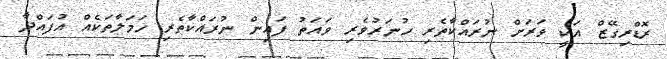
ރޮޑްރިގޭޒް އަކީ ވަރަށް ނުރައްކާތެރި ހުނަރުވެރި ވައަތު ފައިން ނުރައްކާތެރި ހަމަލާތަކެއް އުފައްދާ